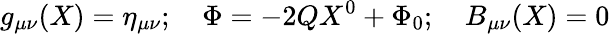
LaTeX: g_{\mu\nu}(X)=\eta_{\mu\nu};\quad\Phi=-2QX^{0}+\Phi_{0};\quad B_{\mu\nu}(X)=0